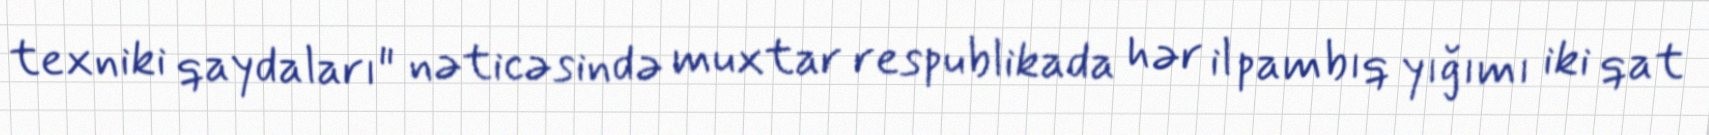
texniki qaydaları" nəticəsində muxtar respublikada hər il pambıq yığımı iki qat